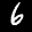
Label: 6